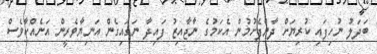
ބަދަލު ނުހިފައި ކުރިޔަށް ދާންފެށުމުން އެކަމުގެ ނާޖާއިޒު ފައިދާ ނަގައިގެން އަނިޔާވެރީން އަނެއްކާވެސް